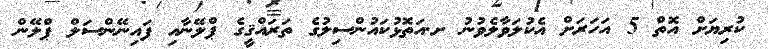
ކުރިޔަށް އޮތް 5 އަހަރަށް އެކުލަވާލެވުނު ށ.އަތޮޅުކައުންސިލުގެ ތަރައްޤީގެ ޕްލޭނާއި ފައިނޭންސަލް ޕްލޭން